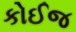
કોઈજ